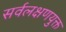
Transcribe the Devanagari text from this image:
सर्वलक्षणयुक्त